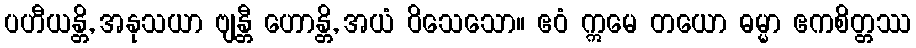
ပဟီယန္တိ, အနုသယာ ဗျန္တီ ဟောန္တိ, အယံ ဝိသေသော။ ဧဝံ ဣမေ တယော ဓမ္မာ ဧကစိတ္တဿ